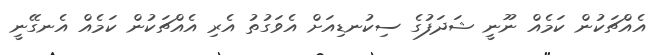
އެއްޗަކުން ކަމެއް ނޫނީ ޝަދަފުގެ ސިކުނޑިއަށް އެވަގުތު އެރި އެއްޗަކުން ކަމެއް އެނގޭނީ